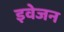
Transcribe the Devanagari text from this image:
इवेजन